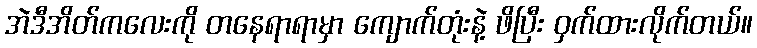
အဲဒီအိတ်ကလေးကို တနေရာရာမှာ ကျောက်တုံးနဲ့ ဖိပြီး ဝှက်ထားလိုက်တယ်။